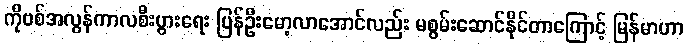
ကိုဗစ်အလွန်ကာလစီးပွားရေး ပြန်ဦးမော့လာအောင်လည်း မစွမ်းဆောင်နိုင်တာကြောင့် မြန်မာဟာ